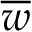
\overline { { \boldsymbol { w } } }